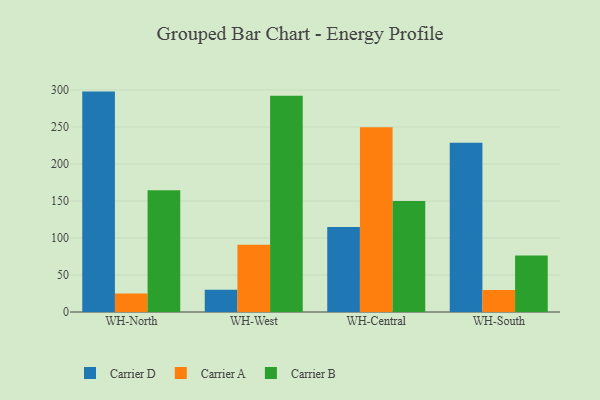
{"axis": {"x": "Warehouse", "y": "Humidity (%)"}, "legend": ["Carrier A", "Carrier B", "Carrier D"], "data": [{"x": "WH-North", "y": 297.8, "type": "Carrier D"}, {"x": "WH-North", "y": 24.9, "type": "Carrier A"}, {"x": "WH-North", "y": 164.5, "type": "Carrier B"}, {"x": "WH-West", "y": 30.1, "type": "Carrier D"}, {"x": "WH-West", "y": 91.0, "type": "Carrier A"}, {"x": "WH-West", "y": 292.1, "type": "Carrier B"}, {"x": "WH-Central", "y": 114.9, "type": "Carrier D"}, {"x": "WH-Central", "y": 249.5, "type": "Carrier A"}, {"x": "WH-Central", "y": 150.0, "type": "Carrier B"}, {"x": "WH-South", "y": 228.7, "type": "Carrier D"}, {"x": "WH-South", "y": 29.6, "type": "Carrier A"}, {"x": "WH-South", "y": 76.5, "type": "Carrier B"}]}